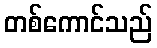
တစ်ကောင်သည်